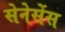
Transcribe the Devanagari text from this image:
सेनेसेंस